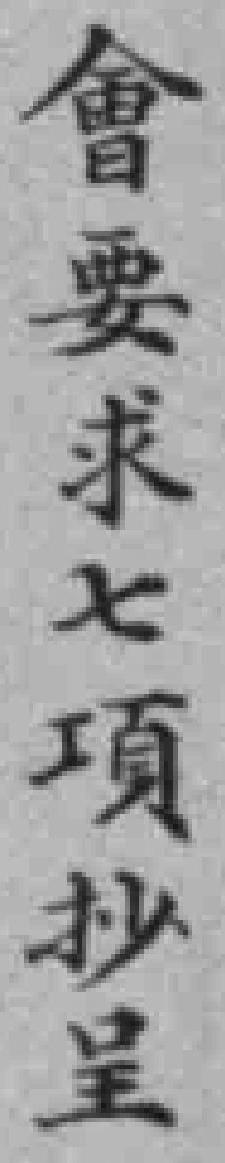
會要求七項抄呈